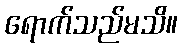
ရောက်သည်မသိ။